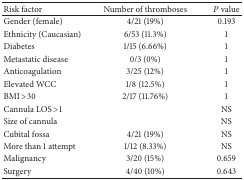
<table><thead><tr><td><b>Risk factor </b></td><td><b>Number of thromboses</b></td><td><b><i>P</i> value</b></td></tr></thead><tbody><tr><td>Gender (female)</td><td>4/21 (19%)</td><td>0.193</td></tr><tr><td>Ethnicity (Caucasian)</td><td>6/53 (11.3%)</td><td>1</td></tr><tr><td>Diabetes</td><td>1/15 (6.66%)</td><td>1</td></tr><tr><td>Metastatic disease</td><td>0/3 (0%)</td><td>1</td></tr><tr><td>Anticoagulation</td><td>3/25 (12%)</td><td>1</td></tr><tr><td>Elevated WCC</td><td>1/8 (12.5%)</td><td>1</td></tr><tr><td>BMI &gt;30</td><td>2/17 (11.76%)</td><td>1</td></tr><tr><td>Cannula LOS &gt;1</td><td> </td><td>NS</td></tr><tr><td>Size of cannula</td><td> </td><td>NS</td></tr><tr><td>Cubital fossa</td><td>4/21 (19%)</td><td>NS</td></tr><tr><td>More than 1 attempt</td><td>1/12 (8.33%)</td><td>NS</td></tr><tr><td>Malignancy</td><td>3/20 (15%)</td><td>0.659</td></tr><tr><td>Surgery</td><td>4/40 (10%)</td><td>0.643</td></tr></tbody></table>